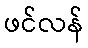
ဖင်လန်